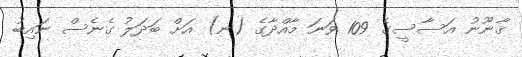
ޤާނޫނު އަސާސީގެ 109 ވަނަ މާއްދާގެ (ނ) އަށް ބަދަލު ގެނެސް ނައިބު